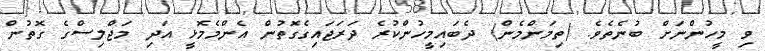
ވި މީހުންނަށް ބުނެތެވެ. (ތިމަންމެން) ދެބައިމީހުންކުރެ ދަރަޖައިގެގޮތުން އެންމެމޮޅީ އަދި މަޖްލިސްގެ ގޮތުން